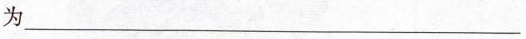
为___